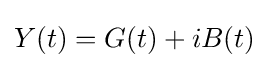
Y(t)=G(t)+iB(t)